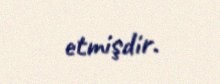
etmişdir.